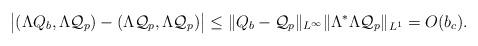
LaTeX: \begin{align*}\big{|}(\Lambda Q_b, \Lambda \mathcal{Q}_p)-(\Lambda \mathcal{Q}_p, \Lambda \mathcal{Q}_p)\big{|}\leq \|Q_b-\mathcal{Q}_p\|_{L^{\infty}}\|\Lambda^*\Lambda \mathcal{Q}_p\|_{L^1}=O(b_c).\end{align*}